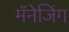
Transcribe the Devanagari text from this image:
मॅनेजिंग